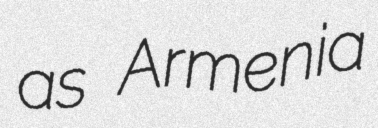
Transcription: as Armenia